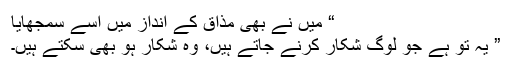
“ میں نے بھی مذاق کے انداز میں اسے سمجھایا
” یہ تو ہے جو لوگ شکار کرنے جاتے ہیں، وہ شکار ہو بھی سکتے ہیں۔